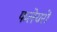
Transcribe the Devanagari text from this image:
फलेयरों